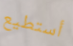
أستطيع